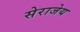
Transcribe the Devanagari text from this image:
सेराजेय